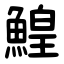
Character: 鰉